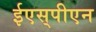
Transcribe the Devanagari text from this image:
ईएस्‌पीएन